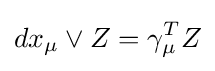
dx_{\mu }\vee Z=\gamma _{\mu }^{T}Z